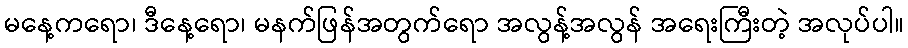
မနေ့ကရော၊ ဒီနေ့ရော၊ မနက်ဖြန်အတွက်ရော အလွန့်အလွန် အရေးကြီးတဲ့ အလုပ်ပါ။